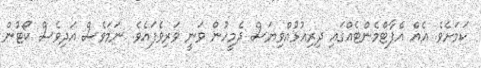
ކަމަށެވެ. އެއް އެޕާޓްމެންޓެއްގައި ދިރިއުޅުއްވިޔަސް ދެމީހުން ވަނީ ވަރިވެފައެވެ. ނަމަވެސް އަދިވެސް ކޯޓުން